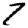
Digit: 7